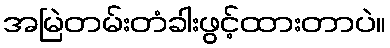
အမြဲတမ်းတံခါးဖွင့်ထားတာပဲ။